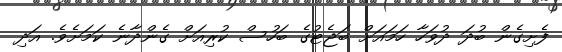
ފެށިގެން ބުދަ ދުވަހާ ހަމައަށް ބަޖެޓުގެ ބަހުސް ކުރިއަށް ގެންދާނެ ކަމަށެވެ. އަދި